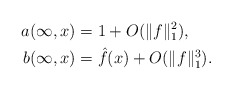
\begin{align*} a(\infty,x) &= 1 + O ( \|f \|_1^2), \\ b(\infty,x) &= \hat{f} (x) + O ( \|f \|_1^3). \end{align*}